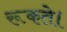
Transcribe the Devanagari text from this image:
रूकते।